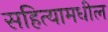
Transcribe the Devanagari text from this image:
सहित्यामधील